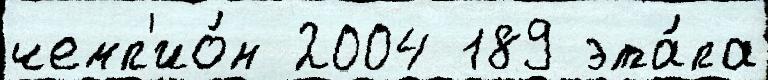
чемп'ио́н 2004 189 эта́па